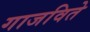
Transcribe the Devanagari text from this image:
गाजविते